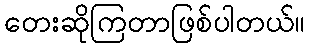
တေးဆိုကြတာဖြစ်ပါတယ်။